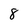
Character: 8